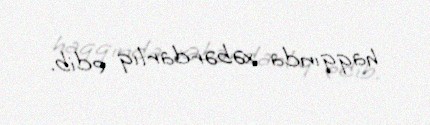
haqqında xəbərdarlıq edib.